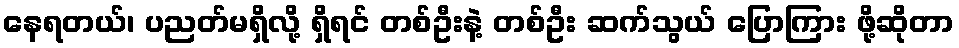
နေရတယ်၊ ပညတ်မရှိလို့ ရှိရင် တစ်ဦးနဲ့ တစ်ဦး ဆက်သွယ် ပြောကြား ဖို့ဆိုတာ